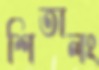
শিতালং